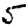
Digit: 5